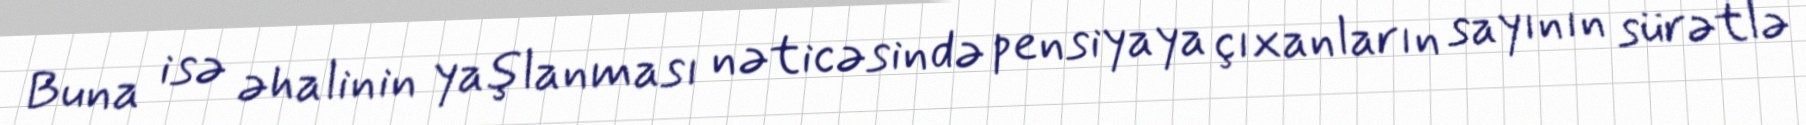
Buna isə əhalinin yaşlanması nəticəsində pensiyaya çıxanların sayının sürətlə